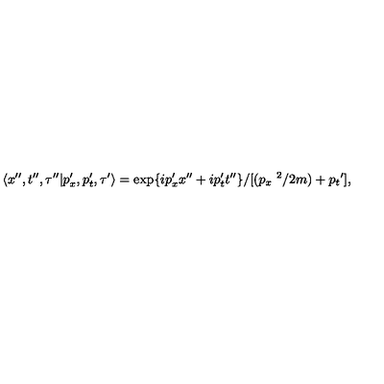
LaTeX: \langle x ^ { \prime \prime } , t ^ { \prime \prime } , \tau ^ { \prime \prime } | p _ { x } ^ { \prime } , p _ { t } ^ { \prime } , \tau ^ { \prime } \rangle = \exp \{ i p _ { x } ^ { \prime } x ^ { \prime \prime } + i p _ { t } ^ { \prime } t ^ { \prime \prime } \} / [ ( { p _ { x } } ^ { \ 2 } / 2 m ) + { p _ { t } } ^ { \prime } ] ,